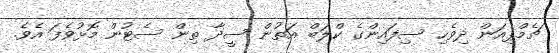
ޗެމްޕިއަން ދިވެހި ސިފައިންގެ ކްލަބް އަތުން ސީދާ ތިން ސެޓުން މޮޅުވެފަ އެވެ.